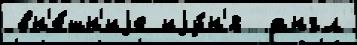
вн'е́шн'иjе иjу́н'я  англ